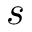
s